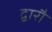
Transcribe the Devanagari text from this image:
द्वारौ